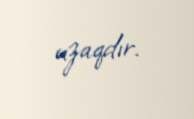
uzaqdır.